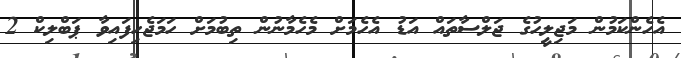
އެހެންކަމުން މަޖިލީހުގެ ޖަލްސާތައް އަޑު އެހެމަށް މެހެމާނުން ތިބުމަށް ހަމަޖެހިފައިވާ ޕަބްލިކް 2